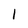
Character: 1